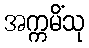
အက္ကမိံသု